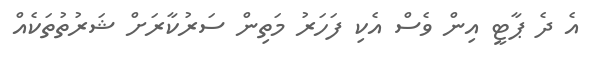
އެ ދެ ޕާޓީ އިން ވެސް އެކި ފަހަރު މަތިން ސަރުކާރަށް ޝަރުތުތަކެއް